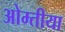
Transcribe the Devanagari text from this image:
ओम्तीया